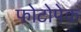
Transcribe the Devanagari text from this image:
फोटोपेक